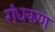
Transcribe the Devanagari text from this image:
गंधकण